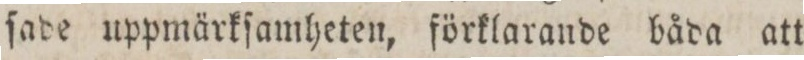
ſade uppmärkſamheten, förklarande båda att